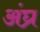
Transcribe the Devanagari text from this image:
अंघ्र